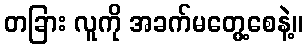
တခြား လူကို အခက်မတွေ့စေနဲ့။